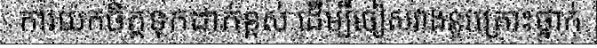
ការយកចិត្តទុកដាក់ខ្ពស់ ដើម្បីចៀសវាងនូវគ្រោះថ្នាក់